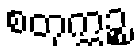
စတုက္ကဉ္စ